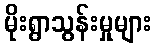
မိုးရွာသွန်းမှုများ